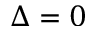
\Delta = 0